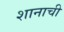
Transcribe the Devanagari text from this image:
शानाची